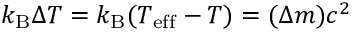
k _ { \mathrm { B } } \Delta T = k _ { \mathrm { B } } ( T _ { \mathrm { e f f } } - T ) = ( \Delta m ) c ^ { 2 }